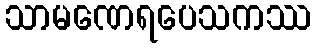
သာမဏေရပေသကဿ